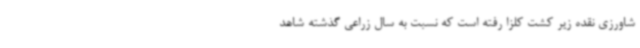
شاورزی نقده زیر کشت کلزا رفته است که نسبت به سال زراعی گذشته شاهد